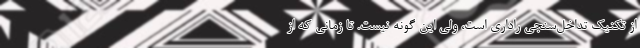
از تکنیک تداخل‌سنجی راداری است، ولی این گونه نیست. تا زمانی که از